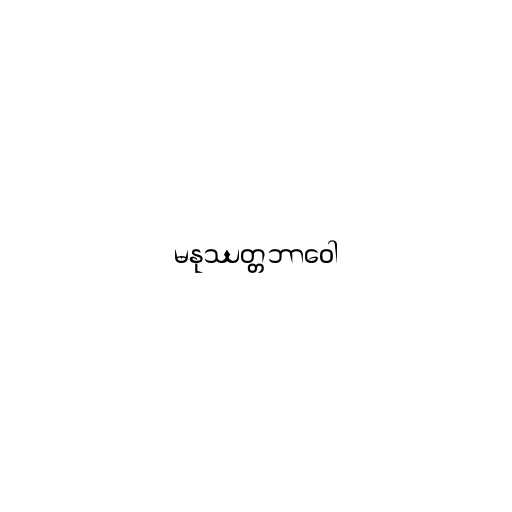
မနုဿတ္တဘာဝေါ